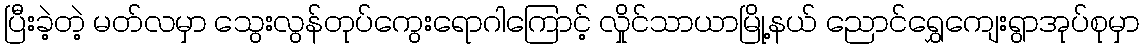
ပြီးခဲ့တဲ့ မတ်လမှာ သွေးလွန်တုပ်ကွေးရောဂါကြောင့် လှိုင်သာယာမြို့နယ် ညောင်ရွှေကျေးရွာအုပ်စုမှာ